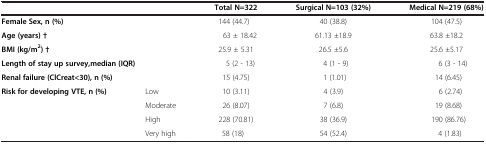
<table><thead><tr><td colspan="2"><b> </b></td><td><b>Total N=322</b></td><td><b>Surgical N=103 (32%)</b></td><td><b>Medical N=219 (68%)</b></td></tr></thead><tbody><tr><td colspan="2"><b>Female Sex, n (%)</b></td><td>144 (44.7)</td><td>40 (38.8)</td><td>104 (47.5)</td></tr><tr><td colspan="2"><b>Age (years) †</b></td><td>63 ± 18.42</td><td>61.13 ±18.9</td><td>63.8 ±18.2</td></tr><tr><td colspan="2"><b>BMI (kg/m</b><sup><b>2</b></sup><b>) †</b></td><td>25.9 ± 5.31</td><td>26.5 ±5.6</td><td>25.6 ±5.17</td></tr><tr><td colspan="2"><b>Length of stay up survey,</b><b>median (IQR)</b></td><td>5 (2 - 13)</td><td>4 (1 - 9)</td><td>6 (3 - 14)</td></tr><tr><td colspan="2"><b>Renal failure (ClCreat&lt;30), n (%)</b></td><td>15 (4.75)</td><td>1 (1.01)</td><td>14 (6.45)</td></tr><tr><td rowspan="3"><b>Risk for developing VTE, n (%)</b></td><td>Low</td><td>10 (3.11)</td><td>4 (3.9)</td><td>6 (2.74)</td></tr><tr><td>Moderate</td><td>26 (8.07)</td><td>7 (6.8)</td><td>19 (8.68)</td></tr><tr><td>High</td><td>228 (70.81)</td><td>38 (36.9)</td><td>190 (86.76)</td></tr><tr><td> </td><td>Very high</td><td>58 (18)</td><td>54 (52.4)</td><td>4 (1.83)</td></tr></tbody></table>